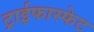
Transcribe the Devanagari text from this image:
ट्राईफास्फेट